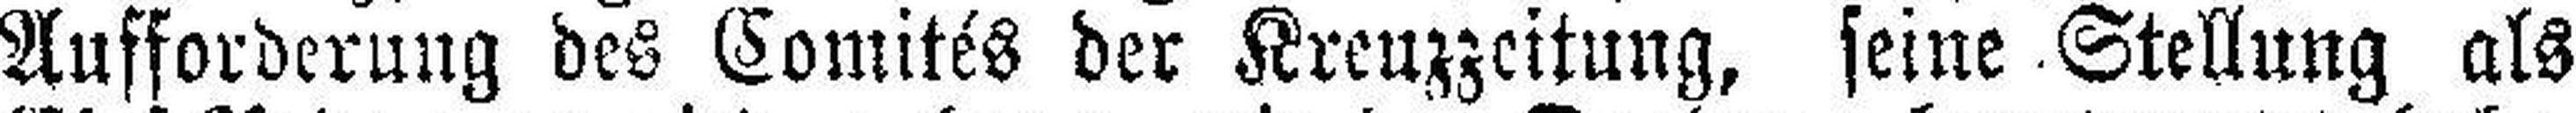
Aufforderung des Comités der Kreuzzeitung, seine Stellung als